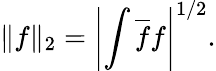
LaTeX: \| f\| _{2}=\left|\int\overline{{f}}f\right|^{1/2}.